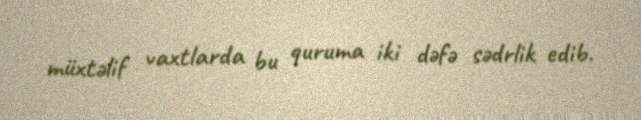
müxtəlif vaxtlarda bu quruma iki dəfə sədrlik edib.